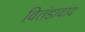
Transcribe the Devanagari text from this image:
वितंडावाद